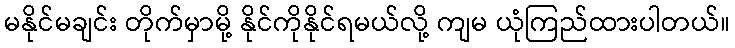
မနိုင်မချင်း တိုက်မှာမို့ နိုင်ကိုနိုင်ရမယ်လို့ ကျမ ယုံကြည်ထားပါတယ်။